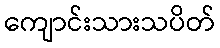
ကျောင်းသားသပိတ်